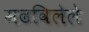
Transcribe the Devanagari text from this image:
मढविलेले